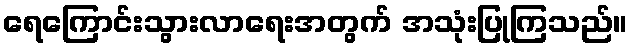
ရေကြောင်းသွားလာရေးအတွက် အသုံးပြုကြသည်။